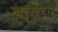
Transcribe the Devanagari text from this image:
खडखडाट